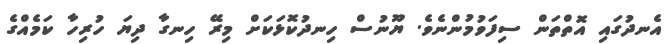
އެނދުގައި އޮތްތަން ސިފަވުމުންނެވެ. ޔޫނުސް ހިނދުކޮޅަކަށް މިރޭ ހިނގާ ދިޔަ ހުރިހާ ކަމެއްގެ